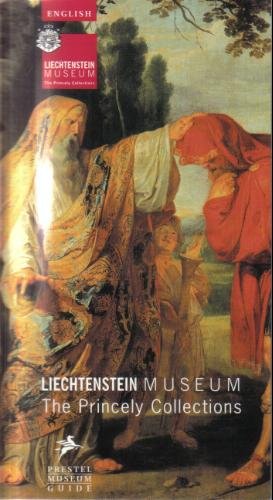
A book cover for Liechtenstein Museum: The Princely Collections (Liechtenstein Museum Vienna); Travel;